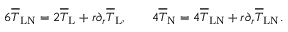
\begin{array} { r l r } { 6 \overline { { T } } _ { \mathrm { L N } } = 2 \overline { { T } } _ { \mathrm { L } } + r \partial _ { r } \overline { { T } } _ { \mathrm { L } } , } & { } & { 4 \overline { { T } } _ { \mathrm { N } } = 4 \overline { { T } } _ { \mathrm { L N } } + r \partial _ { r } \overline { { T } } _ { \mathrm { L N } } . } \end{array}